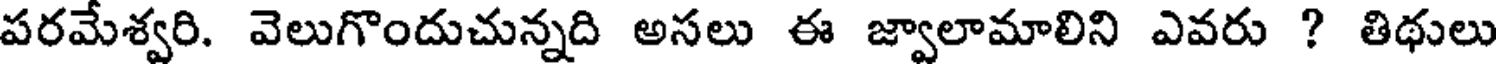
పరమేశ్వరి. వెలుగొందుచున్నది అసలు ఈ జ్వాలామాలిని ఎవరు ? తిథులు